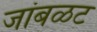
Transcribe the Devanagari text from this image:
जांबळट